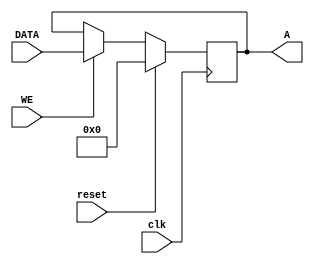
 module register_B #(parameter W = 8) (
	clk,
	DATA, A,
	reset, WE
);
 	input clk;
	input [W-1:0] DATA;
	output reg [W-1:0] A;
	input reset, WE;

	initial
	begin
		A = {W{1'b0}};
	end

	always @(posedge clk)
	begin
		if (reset)
				A <= {W{1'b0}};
		else if(WE==1)
			A <= DATA;
		else
			A <= A;
		
	end
endmodule